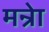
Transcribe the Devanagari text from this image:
मन्रेा